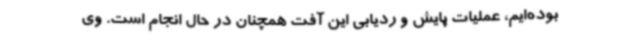
بوده‌ایم، عملیات پایش و ردیابی این آفت همچنان در حال انجام است. وی